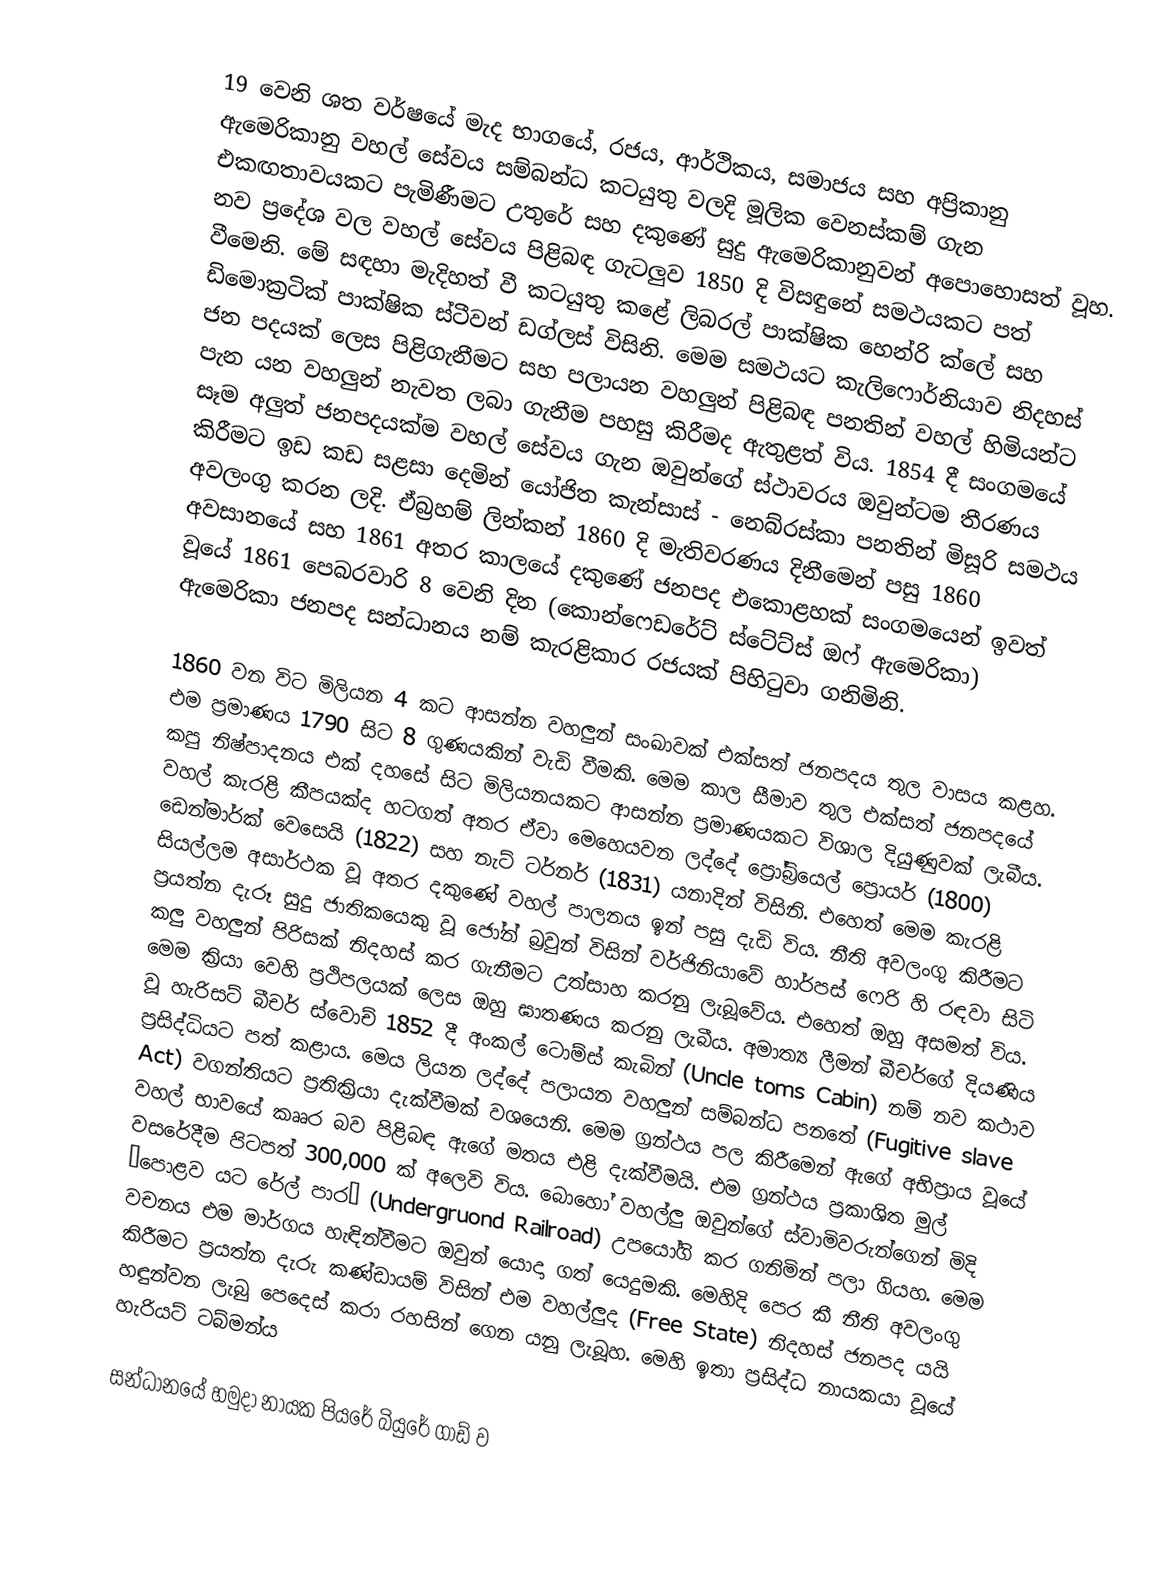
19 වෙනි ශත වර්ෂයේ මැද භාගයේ, රජය, ආර්ථිකය, සමාජය සහ අප්‍රිකානු ඇමෙරිකානු වහල් සේවය සම්බන්ධ කටයුතු වලදි මූලික වෙනස්කම් ගැන එකඟතාවයකට පැමිණීමට උතුරේ සහ දකුණේ සුදු ඇමෙරිකානුවන් අපොහොසත් වූහ. නව ප්‍රදේශ වල වහල් සේවය පිළිබඳ ගැටලුව 1850 දි විසඳුනේ  සමථයක‍ට පත් වීමෙනි. මේ සඳහා මැදිහත් වී කටයුතු කළේ ලිබරල් පාක්ෂික හෙන්රි ක්ලේ සහ ඩිමොක්‍රටික් පාක්ෂික ස්ටීවන් ඩග්ලස් විසිනි. මෙම සමථයට කැලිෆොර්නියාව නිදහස් ජන පදයක් ලෙස පිළිගැනීමට සහ පලායන වහලුන් පිළිබඳ පනතින් වහල් හිමියන්ට පැන යන වහලුන් නැවත ලබා ගැනීම පහසු කිරීමද ඇතුළත් විය. 1854 දී සංගමයේ සෑම අලුත් ජනපදයක්ම වහල් සේවය ගැන ඔවුන්ගේ ස්ථාවරය ඔවුන්ටම තීරණය කිරීමට ඉඩ කඩ සළසා දෙමින් යෝජිත කැන්සාස් - නෙබ්රස්කා පනතින් මිසූරි සමථය අවලංගු කරන ලදි. ඒබ්‍රහම් ලින්කන් 1860 දි මැතිවරණය දිනීමෙන් පසු 1860 අවසානයේ සහ 1861 අතර කාලයේ දකුණේ ජනපද එකොළහක් සංගමයෙන් ඉවත් වූයේ 1861 පෙබරවාරි 8 වෙනි දින (කොන්ෆෙඩරේට් ස්ටේට්ස් ඔෆ් ඇමෙරිකා) ඇමෙරිකා ජනපද සන්ධානය නම් කැරළිකාර රජයක් පිහිටුවා ගනිමිනි.

1860 වන විට මිලියන 4 කට ආසන්න වහලුන් සංඛාවක් එක්සත් ජනපදය තුල වාසය කළහ. එම ප්‍රමාණය 1790 සිට 8 ගුණයකින් වැඩි වීමකි. මෙම කාල සීමාව තුල එක්සත් ජනපදයේ කපු නිෂ්පාදනය එක් දහසේ සිට මිලියනයකට ආසන්න ප්‍රමාණයකට විශාල දියුණුවක් ලැබීය. වහල් කැරළි කීපයක්ද හටගත් අතර ඒවා මෙහෙයවන ලද්දේ ප්‍රෝබ්‍රියෙල් ප්‍රොයර් (1800) ඩෙන්මාර්ක් වෙසෙයි (1822) සහ නැට් ටර්නර් (1831) යනාදින් විසිනි. එහෙත් මෙම කැරළි සියල්ලම අසාර්ථක වූ අතර දකුණේ වහල් පාලනය ඉන් පසු දැඩි විය. නීති අවලංගු කිරීමට ප්‍රයත්න දැරූ සුදු ජාතිකයෙකු වූ ජෝන් බ්‍රවුන් විසින් වර්ජිනියාවේ හාර්පස් ෆෙරි හි රඳවා සිටි කලු වහලුන් පිරිසක් නිදහස් කර ගැනීමට උත්සාහ කරනු ලැබූවේය. එහෙත් ඔහු අසමත් විය. මෙම ක්‍රියා වෙහි ප්‍රථිපලයක් ලෙස ඔහු ඝාතණය කරනු ලැබීය. අමාත්‍ය ලීමන් බීචර්ගේ දියණිය වූ හැරිසට් බීචර් ස්වොච් 1852 දී අංකල් ටොම්ස් කැබින් (Uncle toms Cabin) නම් නව කථාව ප්‍රසිද්ධියට පත් කළාය. මෙය ලියන ලද්දේ පලායන වහලුන් සම්බන්ධ පනතේ (Fugitive slave Act) වගන්තියට ප්‍රතික්‍රියා දැක්වීමක් වශයෙනි. මෙම ග්‍රන්ථය පල කිරීමෙන් ඇගේ අභිප්‍රාය වූයේ වහල් භාවයේ කෲර බව පිළිබඳ ඇගේ මතය එළි දැක්වීමයි. එම ග්‍රන්ථය ප්‍රකාශිත මුල් වසරේදීම පිටපත් 300,000 ක් අලෙවි විය. බොහෝ වහල්ලු ඔවුන්ගේ ස්වාමිවරුන්ගෙන් මිදි “පොළව යට රේල් පාර” (Undergruond Railroad) උපයෝගි කර ගනිමින් පලා ගියහ. මෙම වචනය එම මාර්ගය හැඳින්වීමට ඔවුන් යොදා ගත් යෙදුමකි. මෙහිදි පෙර කී නීති අවලංගු කිරීමට ප්‍රයත්න දැරු කණ්ඩායම් විසින් එම වහල්ලුද (Free State) නිදහස් ජනපද යයි හඳුන්වන ලැබු පෙදෙස් කරා රහසින් ගෙන යනු ලැබූහ. මෙහි ඉතා ප්‍රසිද්ධ නායකයා වූයේ හැරියට් ටබ්මන්ය

සන්ධානයේ හමුදා නායක පියරේ බියුරේ ගාඩ් ව